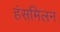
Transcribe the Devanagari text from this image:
हंसमिलन